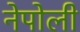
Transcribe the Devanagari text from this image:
नेपोली